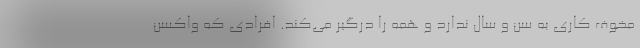
مخوف کاری به سن و سال ندارد و همه را درگیر می‌کند. افرادی که واکسن